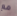
مع